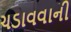
ચડાવવાની